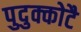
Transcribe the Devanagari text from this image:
पुदुक्कोटै